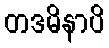
တဒမိနာပိ